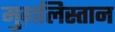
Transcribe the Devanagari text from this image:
मुग़लिस्तान